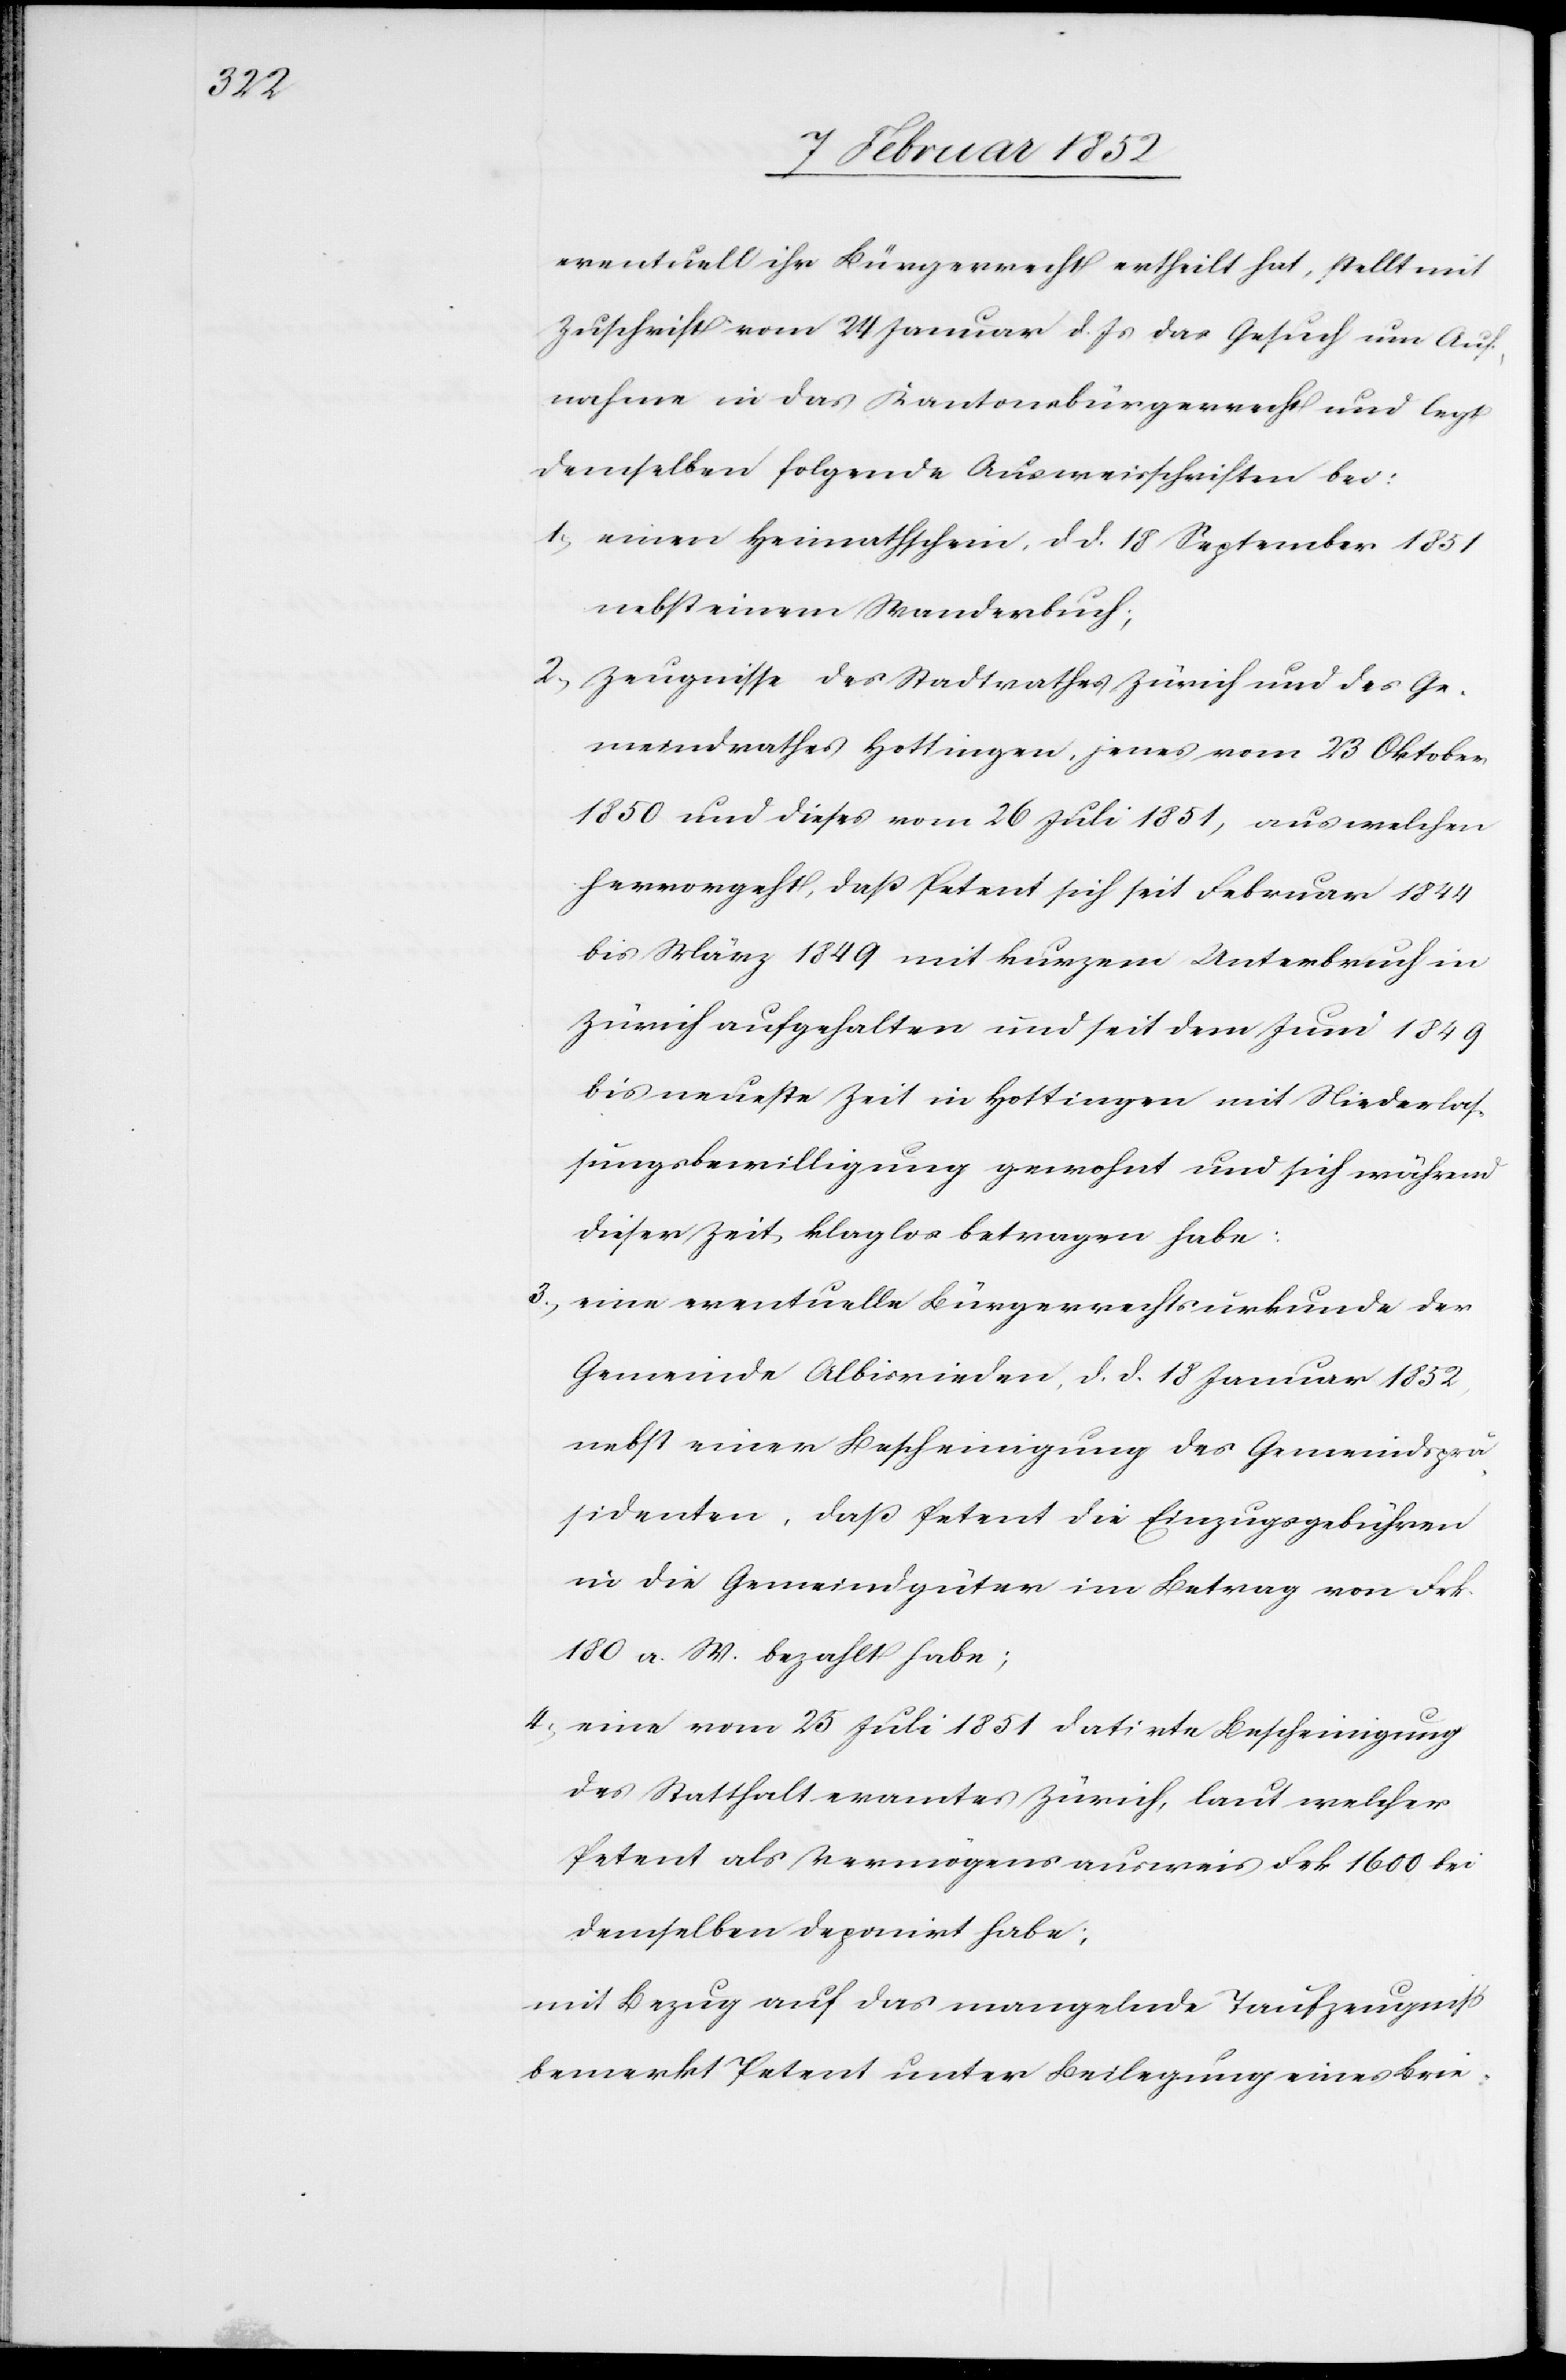
eventuell ihr Bürgerrecht ertheilt hat, stellt mit
Zuschrift vom 24 Januar d. Js das Gesuch um Auf¬
nahme in das Kantonsbürgerrecht und legt
demselben folgende Ausweisschriften bei:
1.) einen Heimathschein, d. d. 18 September 1851
nebst einem Wanderbuch;
2.) Zeugnisse des Stadtrathes Zürich und des Ge¬
meindrathes Hottingen, jenes vom 23 Oktober
1850 und dieses vom 26 Juli 1851, aus welchen
hervorgeht, daß Petent sich seit Februar 1844
bis März 1849 mit kurzem Unterbruch in
Zürich aufgehalten und seit dem Juni 1849
bis neueste Zeit in Hottingen mit Niederlas¬
sungsbewilligung gewohnt und sich während
dieser Zeit klaglos betragen habe.
3.) eine eventuelle Bürgerrechtsurkunde der
Gemeinde Albisrieden, d. d. 18 Januar 1852,
nebst einer Bescheinigung des Gemeindsprä¬
sidenten, daß Petent die Einzugsgebühren
in die Gemeindgüter im Betrag von Frk.
180. n. W. bezahlt habe;
4.) eine vom 25 Juli 1851 datirte Bescheinigung
des Statthalteramtes Zürich, laut welcher
Petent als Vermögensausweis Frk 1600 bei
demselben deponirt habe;
mit Bezug auf das mangelnde Taufzeugniß
bemerkt Petent unter Beilegung eines Brie-